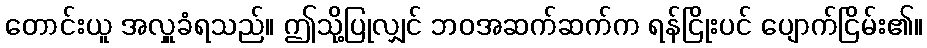
တောင်းယူ အလှူခံရသည်။ ဤသို့ပြုလျှင် ဘဝအဆက်ဆက်က ရန်ငြိုးပင် ပျောက်ငြိမ်း၏။